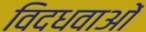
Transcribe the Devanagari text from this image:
विदधवाओं